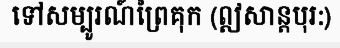
ទៅសម្បូរណ៍ព្រៃគុក (ឦសាន្តបុរ:)